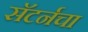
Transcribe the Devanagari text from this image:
सॅटर्नचा